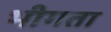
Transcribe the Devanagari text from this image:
भीगता